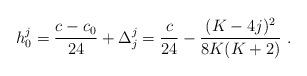
LaTeX: \begin{align*} h^j_0 = {{c-c_0}\over24}+\Delta^j_j ={c\over24}-{{(K-4j)^2}\over{8K(K+2)}}{}~.\end{align*}